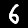
Digit: 6